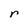
Character: r